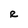
Character: R